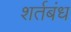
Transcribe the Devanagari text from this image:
शर्तबंध